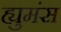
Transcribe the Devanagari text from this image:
ह्युमंस